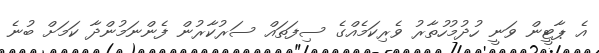
އެ ޕާޓީން ވަނީ ހުދުމުހުތާރު ވެރިކަމެއްގެ ސިފަތައް ސަރުކާރުން ފެންނަމުންދާ ކަމަށް ބުނެ